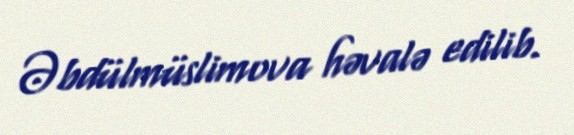
Əbdülmüslimova həvalə edilib.